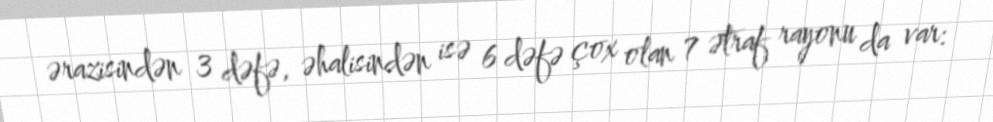
ərazisindən 3 dəfə, əhalisindən isə 6 dəfə çox olan 7 ətraf rayonu da var: